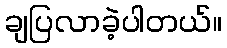
ချပြလာခဲ့ပါတယ်။